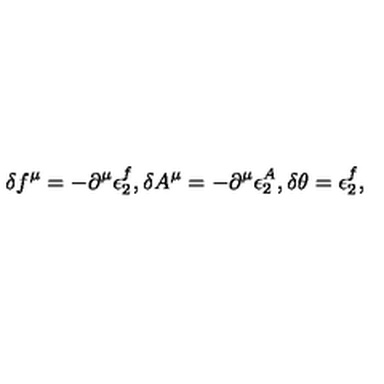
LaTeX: \delta f ^ { \mu } = - \partial ^ { \mu } \epsilon _ { 2 } ^ { f } , \delta A ^ { \mu } = - \partial ^ { \mu } \epsilon _ { 2 } ^ { A } , \delta \theta = \epsilon _ { 2 } ^ { f } ,